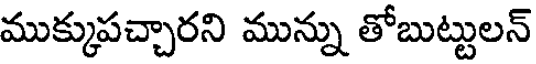
ముక్కుపచ్చారని మున్ను తోబుట్టులన్